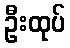
ဦးထုပ်